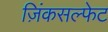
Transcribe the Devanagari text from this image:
ज़िंकसल्फेट